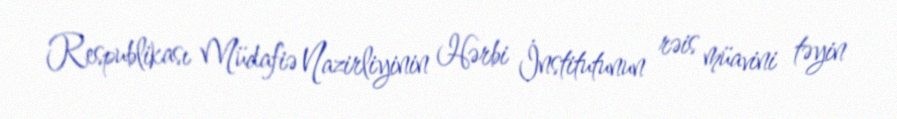
Respublikası Müdafiə Nazirliyinin Hərbi İnstitutunun rəis müavini təyin